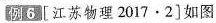
例6 [江苏物理2017·2]如图